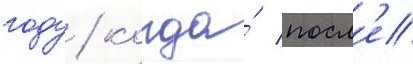
году / когда́ посл'е